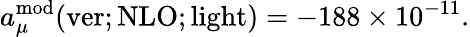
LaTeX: a_{\mu}^{\mathrm{mod}}(\mathrm{ver;NLO;light})=-188\times 10^{-11}.